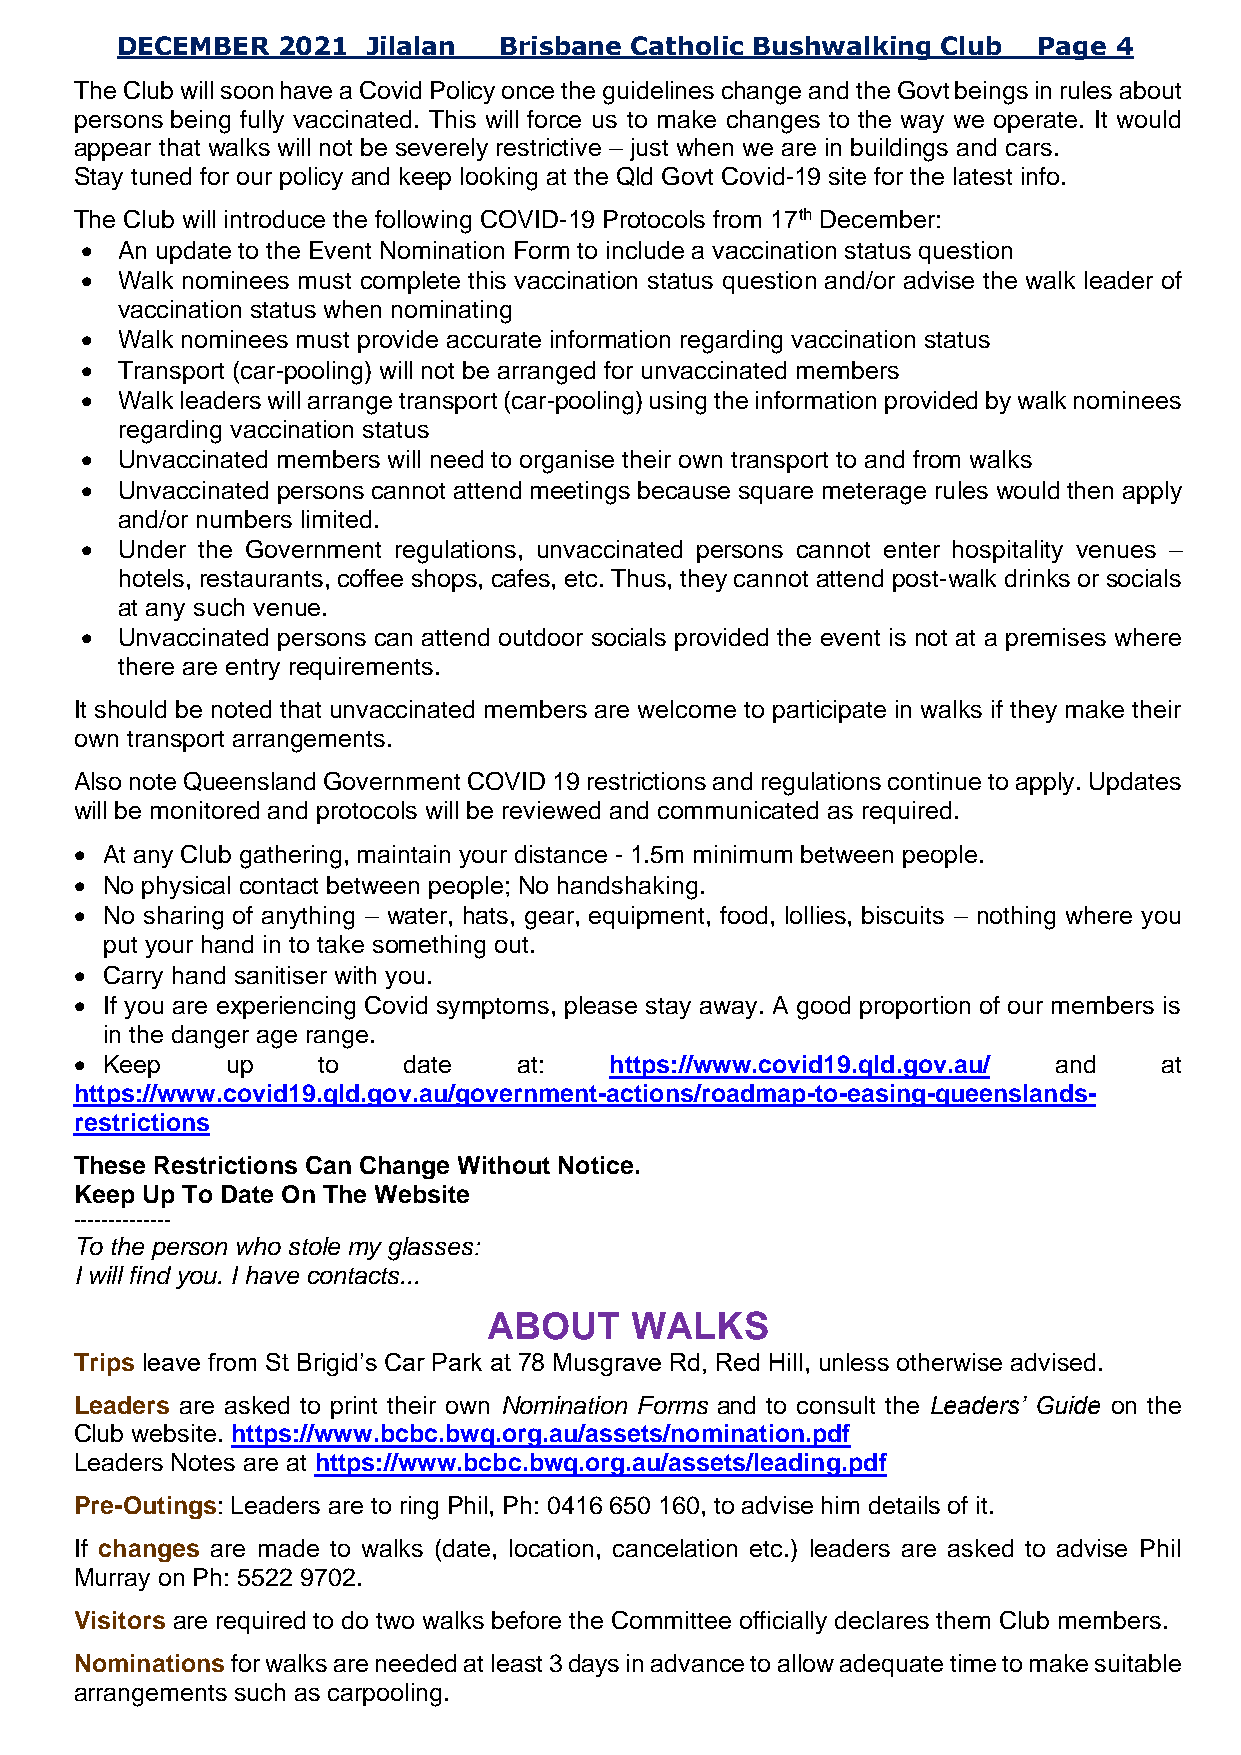
DECEMBER  2021  Jilalan  Brisbane Catholic Bushwalking Club  Page 4
 The Club will soon have a Covid Policy once the guidelines change and the Govt beings in rules about
 persons being fully vaccinated. This will force us to make changes to the way we operate. It would
 appear that walks will not be severely restrictive – just when we are in buildings and cars.
 Stay tuned for our policy and keep looking at the Qld Govt Covid-19 site for the latest info.
 The Club will introduce the following COVID-19 Protocols from 17th December:
 •  An update to the Event Nomination Form to include a vaccination status question
 •  Walk nominees must complete this vaccination status question and/or advise the walk leader of
 vaccination status when nominating
 •  Walk nominees must provide accurate information regarding vaccination status
 •  Transport (car-pooling) will not be arranged for unvaccinated members
 •  Walk leaders will arrange transport (car-pooling) using the information provided by walk nominees
 regarding vaccination status
 •  Unvaccinated members will need to organise their own transport to and from walks
 •  Unvaccinated persons cannot attend meetings because square meterage rules would then apply
 and/or numbers limited.
 •  Under the Government regulations, unvaccinated persons cannot enter hospitality venues –
 hotels, restaurants, coffee shops, cafes, etc. Thus, they cannot attend post-walk drinks or socials
 at any such venue.
 •  Unvaccinated persons can attend outdoor socials provided the event is not at a premises where
 there are entry requirements.
 It should be noted that unvaccinated members are welcome to participate in walks if they make their
 own transport arrangements.
 Also note Queensland Government COVID 19 restrictions and regulations continue to apply. Updates
 will be monitored and protocols will be reviewed and communicated as required.
 • At any Club gathering, maintain your distance - 1.5m minimum between people.
 • No physical contact between people; No handshaking.
 • No sharing of anything – water, hats, gear, equipment, food, lollies, biscuits – nothing where you
 put your hand in to take something out.
 • Carry hand sanitiser with you.
 • If you are experiencing Covid symptoms, please stay away. A good proportion of our members is
 in the danger age range.
 • Keep    up    to    date   at:   https://www.covid19.qld.gov.au/ and  at
 https://www.covid19.qld.gov.au/government-actions/roadmap-to-easing-queenslands-
 restrictions
 These Restrictions Can Change Without Notice.
 Keep Up To Date On The Website
 --------------
 To the person who stole my glasses:
 I will find you. I have contacts...
 ABOUT     WALKS
 Trips leave from St Brigid’s Car Park at 78 Musgrave Rd, Red Hill, unless otherwise advised.
 Leaders are asked to print their own Nomination Forms and to consult the Leaders’ Guide on the
 Club website. https://www.bcbc.bwq.org.au/assets/nomination.pdf
 Leaders Notes are at https://www.bcbc.bwq.org.au/assets/leading.pdf
 Pre-Outings: Leaders are to ring Phil, Ph: 0416 650 160, to advise him details of it.
 If changes are made to walks (date, location, cancelation etc.) leaders are asked to advise Phil
 Murray on Ph: 5522 9702.
 Visitors are required to do two walks before the Committee officially declares them Club members.
 Nominations for walks are needed at least 3 days in advance to allow adequate time to make suitable
 arrangements such as carpooling.